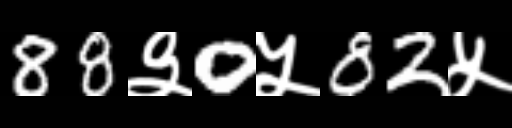
Text: 88३0५82५